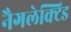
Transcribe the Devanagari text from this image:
नैगलेक्टिड